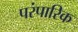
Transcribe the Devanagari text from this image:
परंपारिक